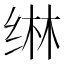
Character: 𬘭